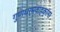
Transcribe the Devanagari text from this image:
गुणधर्मवाहकांना